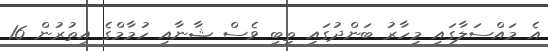
އެ މައްސަލާގައި މިހާރު ބަންދުގައި ތިބީ ވެސް ޝާނާއި ހުމާމްގެ އިތުރުން 16